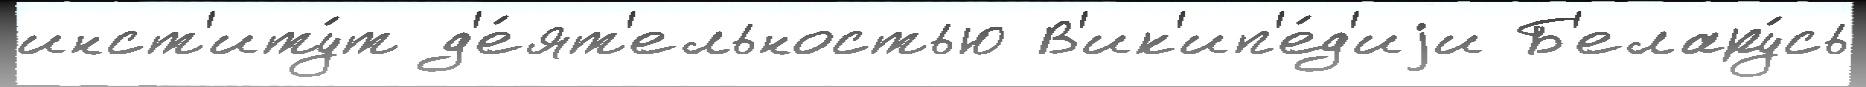
инст'иту́т д'е́ят'ельностью В'ик'ип'е́д'иjи Б'елару́сь